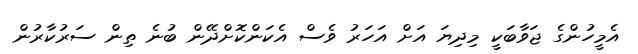
އެމީހުންގެ ޖަވާބަކީ މިދިޔަ އަށް އަހަރު ވެސް އެކަންކޮށްދޭން ބުނެ ތިން ސަރުކާރުން